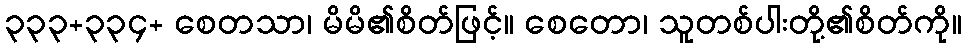
၃၃၃+၃၃၄+ စေတသာ၊ မိမိ၏စိတ်ဖြင့်။ စေတော၊ သူတစ်ပါးတို့၏စိတ်ကို။